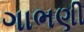
ગાભણી